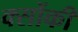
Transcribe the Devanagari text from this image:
क्सोंकी